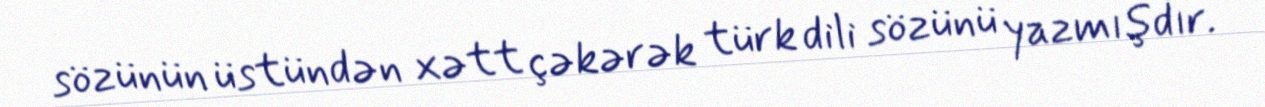
sözünün üstündən xətt çəkərək türk dili sözünü yazmışdır.